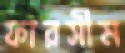
ফারসীম